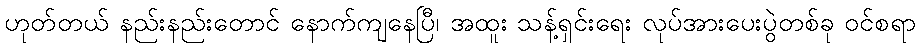
ဟုတ်တယ် နည်းနည်းတောင် နောက်ကျနေပြီ၊ အထူး သန့်ရှင်းရေး လုပ်အားပေးပွဲတစ်ခု ဝင်စရာ